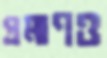
প্রমাণও